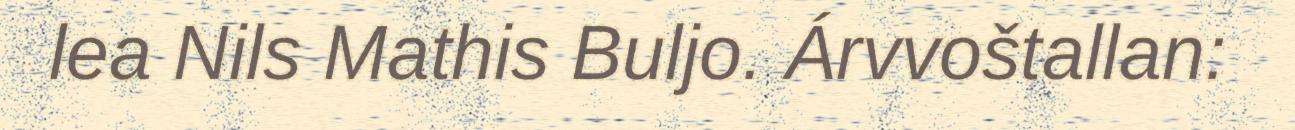
lea Nils Mathis Buljo. Árvvoštallan: